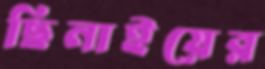
ছিনাইয়ের